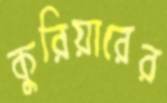
কুরিয়ারের